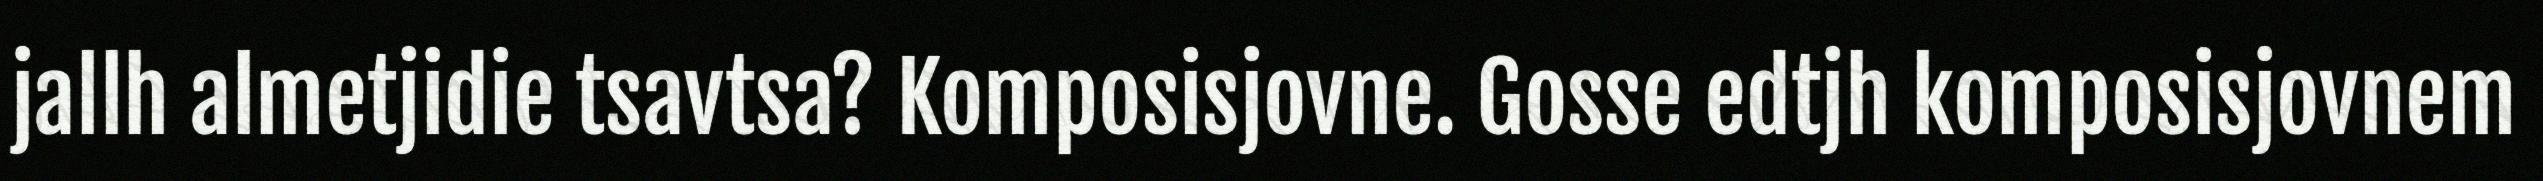
jallh almetjidie tsavtsa? Komposisjovne. Gosse edtjh komposisjovnem